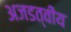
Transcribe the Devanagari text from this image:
अजडत्वीय